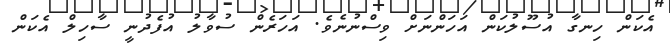
އެކަން ހިނގާ އުސޫލުކަން އަހަންނަށް ވިސްނުނެވެ. އަހަރެން ސުވާލު އުފެދުނީ ސާހިލް އެކަން